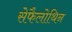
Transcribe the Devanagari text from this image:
सेफैलोथिन